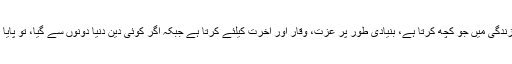
بندہ زندگی میں جو کچھ کرتا ہے، بنیادی طور پر عزت، وقار اور آخرت کیلئے کرتا ہے جبکہ اگر کوئی دین دنیا دونوں سے گیا، تو پایا کیا ؟